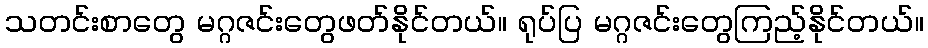
သတင်းစာတွေ မဂ္ဂဇင်းတွေဖတ်နိုင်တယ်။ ရုပ်ပြ မဂ္ဂဇင်းတွေကြည့်နိုင်တယ်။